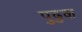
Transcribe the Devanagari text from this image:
पुढुक